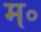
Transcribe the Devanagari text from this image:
म॰